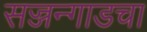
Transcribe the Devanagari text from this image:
सज्जन्गाडचा